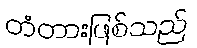
တံတားဖြစ်သည်